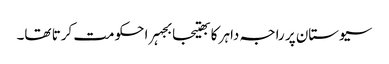
سیوستان پر راجہ داہر کا بھتیجا بجہرا حکومت کرتا تھا۔